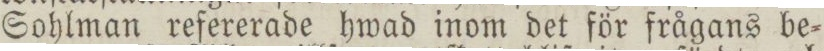
Sohlman refererade hwad inom det för frågans be=